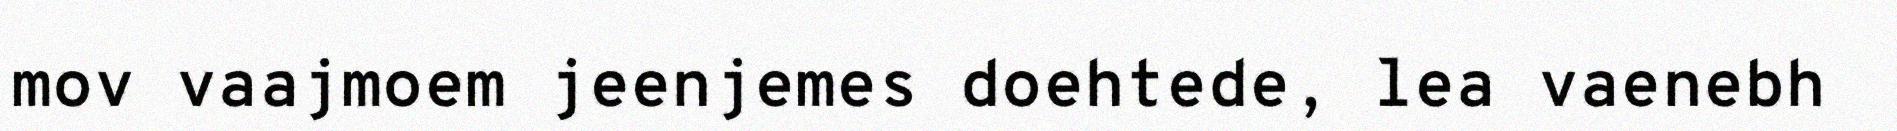
mov vaajmoem jeenjemes doehtede, lea vaenebh